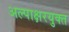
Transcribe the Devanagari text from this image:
अल्पाक्षरयुक्त